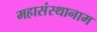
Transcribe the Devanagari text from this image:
महासंस्थानाम